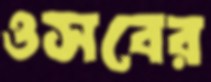
ওসবের